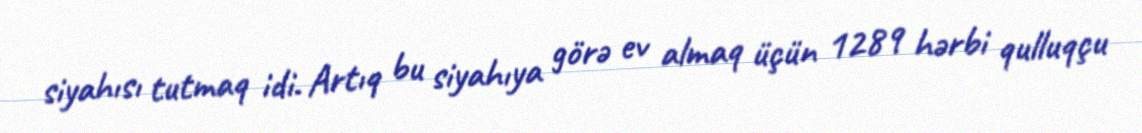
siyahısı tutmaq idi. Artıq bu siyahıya görə ev almaq üçün 1289 hərbi qulluqçu